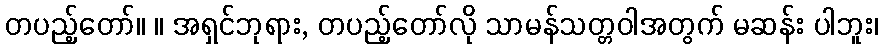
တပည့်တော်။ ။ အရှင်ဘုရား, တပည့်တော်လို သာမန်သတ္တဝါအတွက် မဆန်း ပါဘူး၊